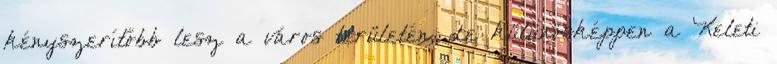
kényszerítőbb lesz a város területén, de külünösképpen a Keleti